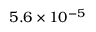
5 . 6 \times 1 0 ^ { - 5 }